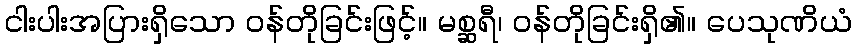
ငါးပါးအပြားရှိသော ဝန်တိုခြင်းဖြင့်။ မစ္ဆရီ၊ ဝန်တိုခြင်းရှိ၏။ ပေသုဏိယံ